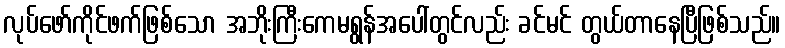
လုပ်ဖော်ကိုင်ဖက်ဖြစ်သော အဘိုးကြီးကေမရွန်အပေါ်တွင်လည်း ခင်မင် တွယ်တာနေပြီဖြစ်သည်။